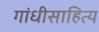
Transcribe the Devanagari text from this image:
गांधीसाहित्य